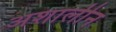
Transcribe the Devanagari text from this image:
अशालीन